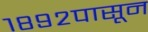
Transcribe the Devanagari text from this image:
१८९२पासून